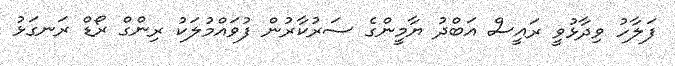
ފަލާހު ވިދާޅުވީ ރައީސް އަބްދު ޔާމީންގެ ސަރުކާރުން ފުވައްމުލަކު ރިންގް ރޯޑް ރަނގަޅު